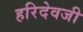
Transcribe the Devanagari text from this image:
हरिदेवजी